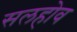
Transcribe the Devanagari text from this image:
सलहोव